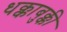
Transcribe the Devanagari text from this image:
धक्काबुक्की